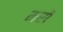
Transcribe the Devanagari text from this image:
मरों